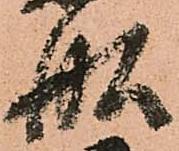
舩